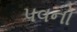
પવનો